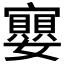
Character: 𭒲